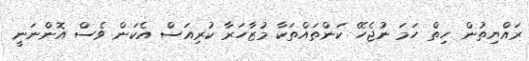
ރައްޔިތުން ހިތް ހަމަ ނުޖެހޭ ކަންތައްތަކާ މުޒާހަރާ ކުރިއަސް އެކަން ވެސް އޮންނަނީ